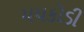
મચકોડી